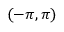
( - \pi , \pi )